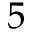
5